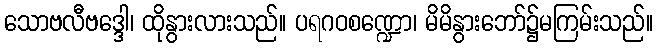
သောဗလီဗဒ္ဒေါ၊ ထိုနွားလားသည်။ ပရဂဝစဏ္ဍော၊ မိမိနွားဘော်၌မကြမ်းသည်။